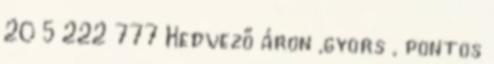
20 5 222 777 Kedvező áron ,gyors , pontos